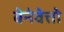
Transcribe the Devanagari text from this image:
वेनेवेत्तो